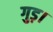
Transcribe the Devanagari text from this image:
गुड़।